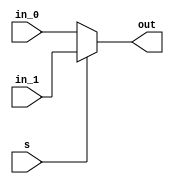
`timescale 1ns / 1ps
//////////////////////////////////////////////////////////////////////////////////
// Company: 
// Engineer: 
// 
// Design Name: 
// Module Name: MUX_2
// Project Name: 
// Target Devices: 
// Tool Versions: 
// Description: 
// 
// Dependencies: 
// 
// Revision:
// Revision 0.01 - File Created
// Additional Comments:
// 
//////////////////////////////////////////////////////////////////////////////////


module MUX_2
   #(parameter N = 32)
   (
    input [N-1:0] in_0,
    input [N-1:0] in_1,
    input s,
    output [N-1:0] out
    );
    
    assign out = s? in_1:in_0;
endmodule